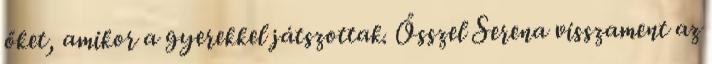
őket, amikor a gyerekkel játszottak. Ősszel Serena visszament az